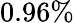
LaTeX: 0.96\%